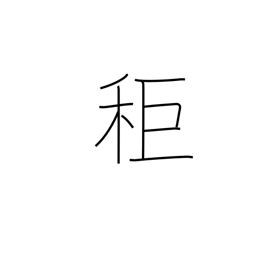
Meaning: a type of millet